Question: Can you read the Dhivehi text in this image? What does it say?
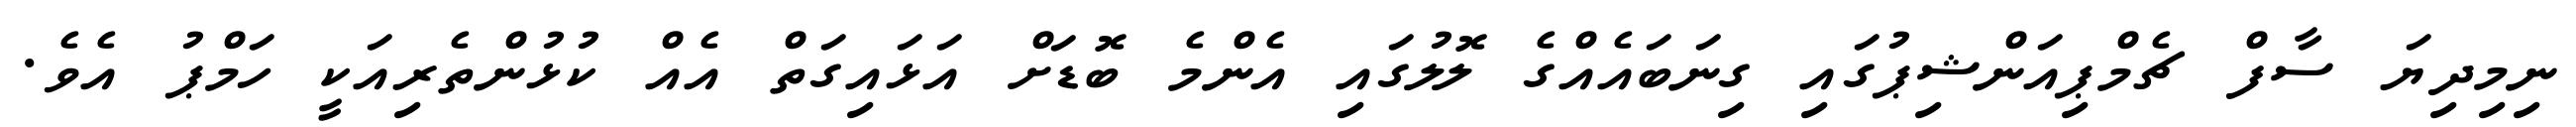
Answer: ނިމިދިޔަ ސާފް ޗެމްޕިއަންޝިޕުގައި ގިނަބައެއްގެ ލޮލުގައި އެންމެ ބޮޑަށް އަޅައިގަތް އެއް ކުޅުންތެރިއަކީ ހަމްޕު އެވެ.